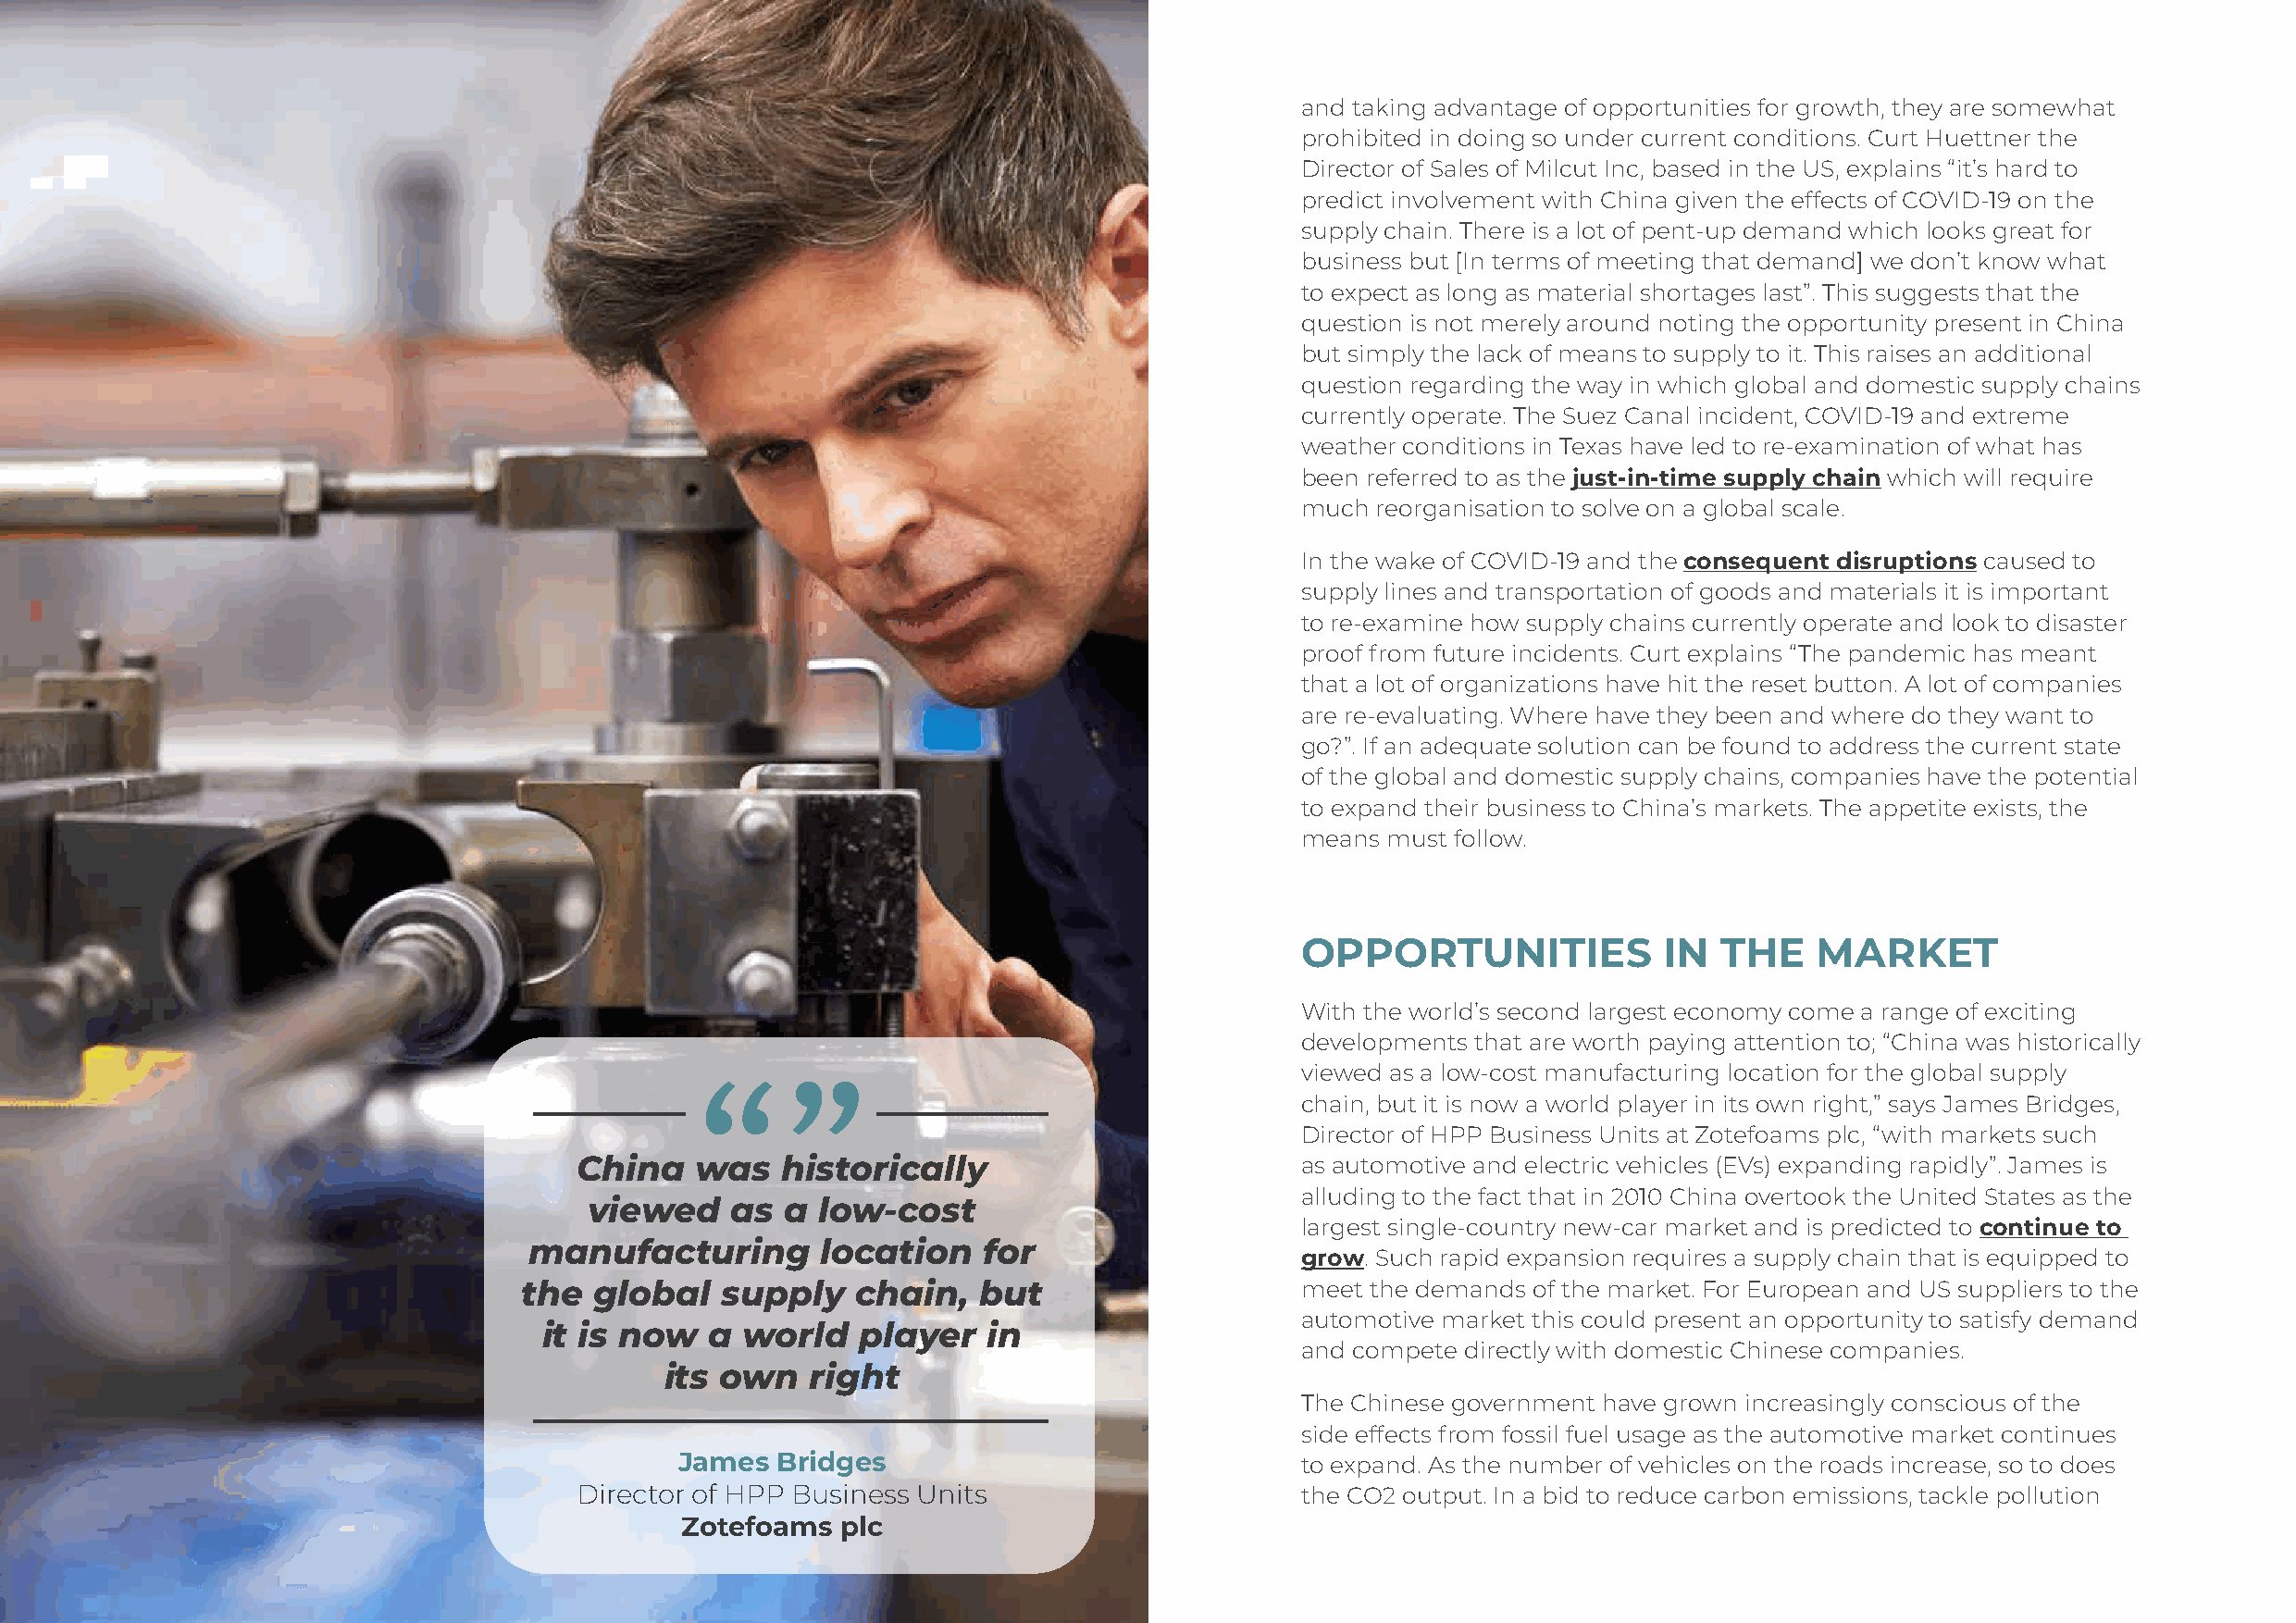
and taking advantage of opportunities for growth, they are somewhat
 prohibited in doing so under current conditions. Curt Huettner the
 Director of Sales of Milcut Inc, based in the US, explains “it’s hard to
 predict involvement with China given the effects of COVID-19 on the
 supply chain. There is a lot of pent-up demand which looks great for
 business but [In terms of meeting that demand] we don’t know what
 to expect as long as material shortages last”. This suggests that the
 question is not merely around noting the opportunity present in China
 but simply the lack of means to supply to it. This raises an additional
 question regarding the way in which global and domestic supply chains
 currently operate. The Suez Canal incident, COVID-19 and extreme
 weather conditions in Texas have led to re-examination of what has
 been referred to as the just-in-time supply chain which will require
 much reorganisation to solve on a global scale.
 In the wake of COVID-19 and the consequent disruptions caused to
 supply lines and transportation of goods and materials it is important
 to re-examine how supply chains currently operate and look to disaster
 proof from future incidents. Curt explains “The pandemic has meant
 that a lot of organizations have hit the reset button. A lot of companies
 are re-evaluating. Where have they been and where do they want to
 go?”. If an adequate solution can be found to address the current state
 of the global and domestic supply chains, companies have the potential
 to expand their business to China’s markets. The appetite exists, the
 means must follow.
 “
 OPPORTUNITIES             IN  THE    MARKET
 With the world’s second largest economy come a range of exciting
 developments that are worth paying attention to; “China was historically
 viewed as a low-cost manufacturing location for the global supply
 “                                          chain, but it is now a world player in its own right,” says James Bridges,
 Director of HPP Business Units at Zotefoams plc, “with markets such
 China    was   historically                         as automotive and electric vehicles (EVs) expanding rapidly”. James is
 alluding to the fact that in 2010 China overtook the United States as the
 viewed    as  a  low-cost
 largest single-country new-car market and is predicted to continue to
 manufacturing        location   for
 grow. Such rapid expansion requires a supply chain that is equipped to
 the  global    supply   chain,   but                    meet the demands of the market. For European and US suppliers to the
 automotive market this could present an opportunity to satisfy demand
 it is now   a world   player    in
 and compete directly with domestic Chinese companies.
 its own   right
 The Chinese government have grown increasingly conscious of the
 side effects from fossil fuel usage as the automotive market continues
 James   Bridges                              to expand. As the number of vehicles on the roads increase, so to does
 Director of HPP Business Units                      the CO2 output. In a bid to reduce carbon emissions, tackle pollution
 Zotefoams  plc